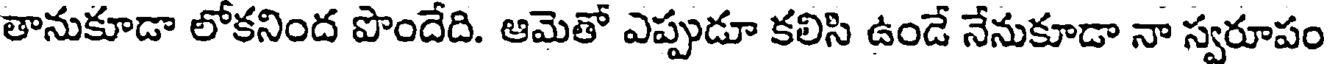
తానుకూడా లోకనింద పొందేది. ఆమెతో ఎప్పుడూ కలిసి ఉండే నేనుకూడా నా స్వరూపం